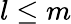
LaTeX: l\leq m